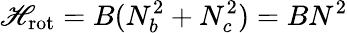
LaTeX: \mathscr{H}_{\mathrm{{rot}}}=B(N_{b}^{2}+N_{c}^{2})=BN^{2}